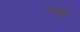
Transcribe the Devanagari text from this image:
रुतासी